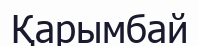
Қарымбай